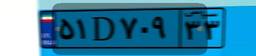
۷۲D۳۵۹۴۶